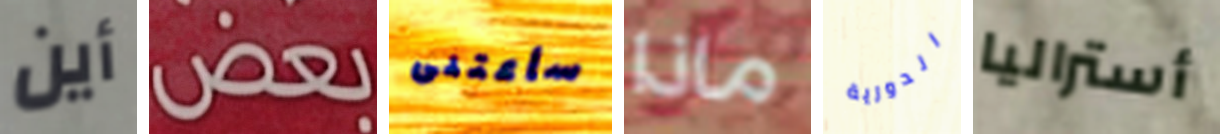
أين بعض سأعتنى ماذا الدورية أستراليا